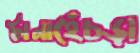
টানাহেঁচড়া